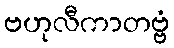
ဗဟုလီကာတဗ္ဗံ